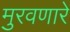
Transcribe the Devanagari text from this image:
मुरवणारे